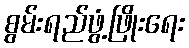
စွမ်းရည်ဖွံ့ဖြိုးရေး